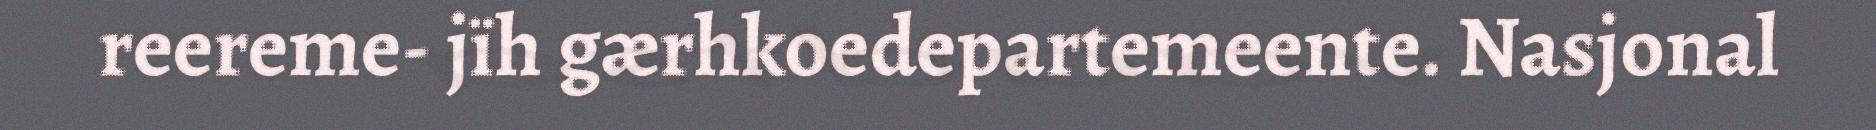
reereme- jïh gærhkoedepartemeente. Nasjonal